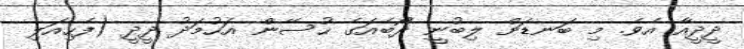
ދީދީއާ އެވެ. މި ބަނޑަށް ލިބުނީ ދޯބެއަގެ ހުސޭން އަހުމަދު ދީދީ (ފެހިއަލި